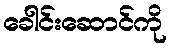
ခေါင်းဆောင်ကို